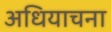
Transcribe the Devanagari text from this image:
अधियाचना